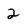
Character: 2